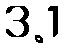
3.1